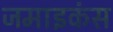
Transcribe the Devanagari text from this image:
जमाइकंस